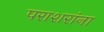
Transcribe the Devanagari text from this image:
पराशरांना